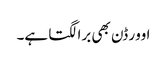
اوور ڈن بھی برا لگتا ہے۔